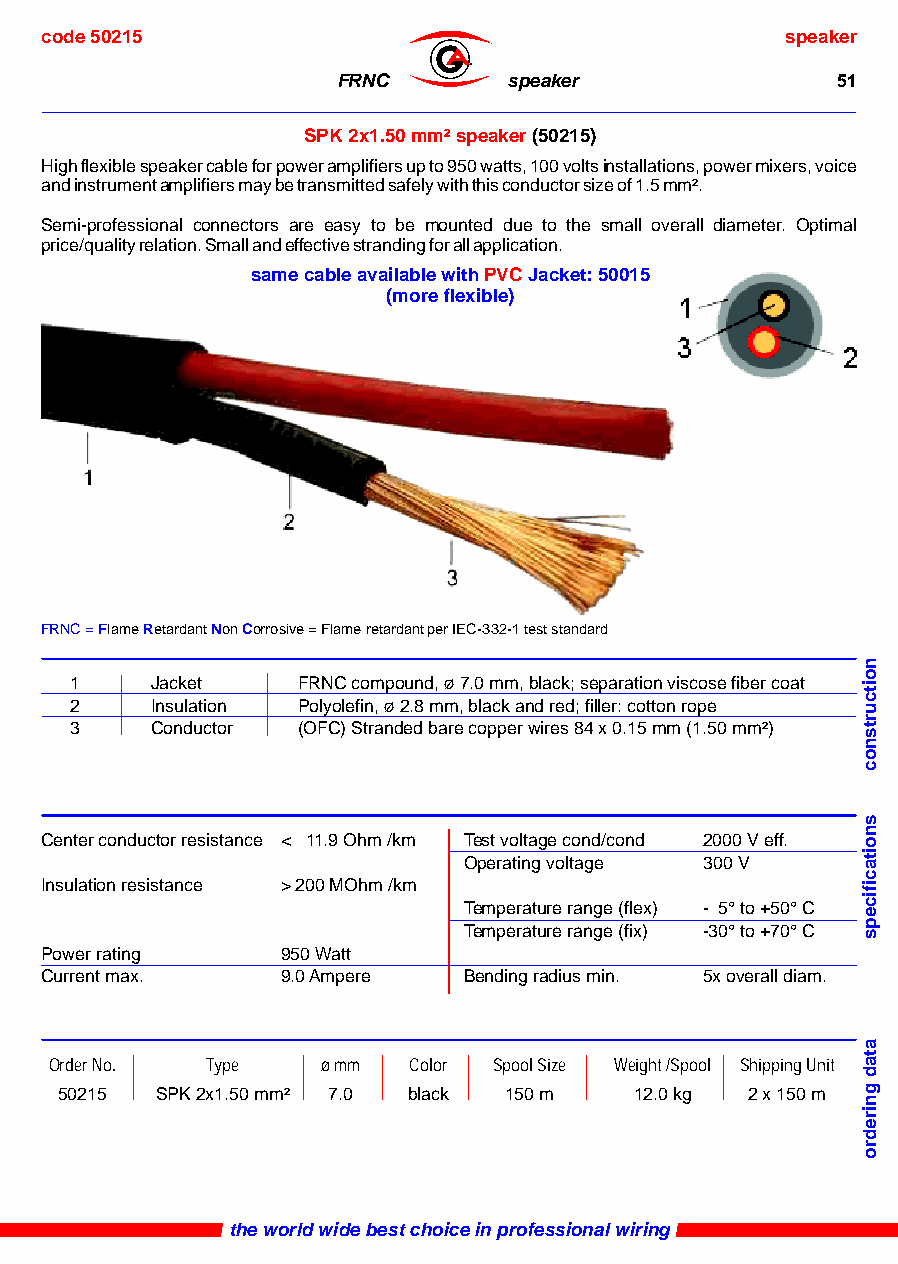
code 50215                                       speaker
 ®
 FRNC        speaker              51
 SPK 2x1.50 mm² speaker (50215)
 High flexible speaker cable for power amplifiers up to 950 watts, 100 volts installations, power mixers, voice
 and instrument amplifiers may be transmitted safely with this conductor size of 1.5 mm².
 Semi-professional connectors are easy to be mounted due to the small overall diameter. Optimal
 price/quality relation. Small and effective stranding for all application.
 same cable available with PVC Jacket: 50015
 (more flexible)
 FRNC = Flame Retardant Non Corrosive = Flame retardant per IEC-332-1 test standard
 1    Jacket    FRNC compound, ø 7.0 mm, black; separation viscose fiber coat
 2    Insulation Polyolefin, ø 2.8 mm, black and red; filler: cotton rope
 3    Conductor (OFC) Stranded bare copper wires 84 x 0.15 mm (1.50 mm²)
 Center conductor resistance < 11.9 Ohm /km Test voltage cond/cond 2000 V eff.
 Operating voltage 300 V
 Insulation resistance > 200 MOhm /km
 Temperature range (flex) - 5° to +50° C
 Temperature range (fix) -30° to +70° C
 Power rating    950 Watt
 Current max.    9.0 Ampere  Bending radius min. 5x overall diam.
 Order No.  Type   ø mm  Color Spool Size Weight /Spool Shipping Unit
 50215 SPK 2x1.50 mm² 7.0 black 150 m  12.0 kg 2 x 150 m
 the world wide best choice in professional wiring
 noitcurtsnoc
 snoitacificeps
 atad
 gniredro